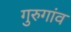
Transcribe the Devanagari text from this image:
गुरुगांव